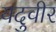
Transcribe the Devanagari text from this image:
यदुवीर